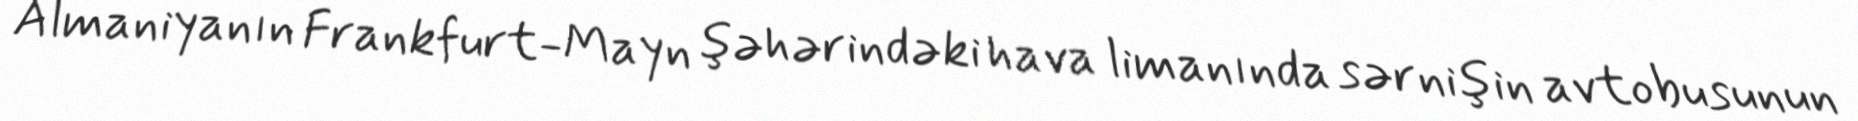
Almaniyanın Frankfurt-Mayn şəhərindəki hava limanında sərnişin avtobusunun